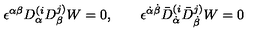
\epsilon ^ { \alpha \beta } D _ { \alpha } ^ { ( i } D _ { \beta } ^ { j ) } W = 0 , \qquad \epsilon ^ { \dot { \alpha } \dot { \beta } } \bar { D } _ { \dot { \alpha } } ^ { ( i } \bar { D } _ { \dot { \beta } } ^ { j ) } W = 0